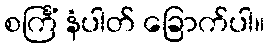
စင်္ကြံ နံပါတ် ခြောက်ပါ။